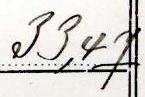
33,47